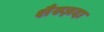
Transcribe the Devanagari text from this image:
शैख्ज़दा